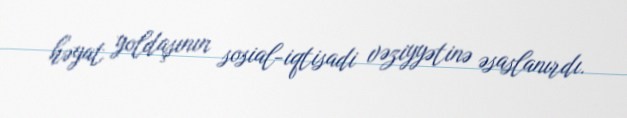
həyat yoldaşının sosial-iqtisadi vəziyyətinə əsaslanırdı.